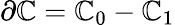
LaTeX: \partial\mathbb{C}=\mathbb{C}_{0}-\mathbb{C}_{1}